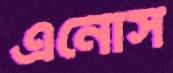
এনোস